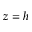
z = h